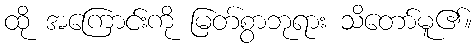
ထို အကြောင်းကို မြတ်စွာဘုရား သိတော်မူ၏။